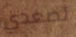
تصعدي